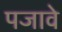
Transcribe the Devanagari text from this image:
पजावे